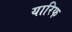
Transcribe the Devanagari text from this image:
यारिफ